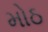
મોઠ